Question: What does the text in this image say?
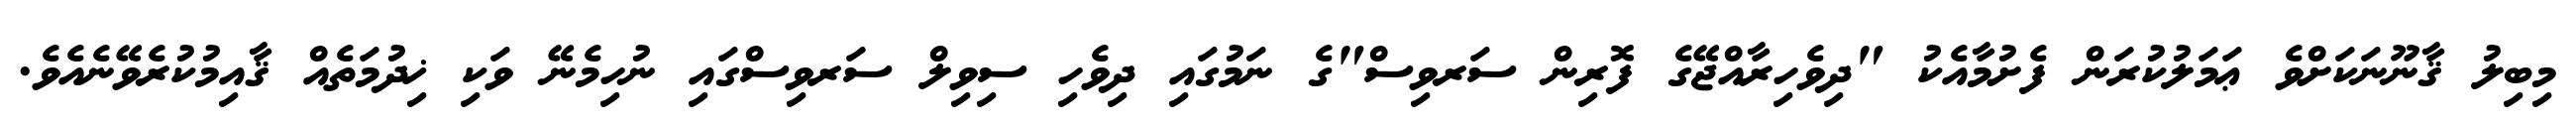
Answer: މިބިލު ޤާނޫނަކަށްވެ ޢަމަލުކުރަން ފެށުމާއެކު "ދިވެހިރާއްޖޭގެ ފޮރިން ސަރވިސް"ގެ ނަމުގައި ދިވެހި ސިވިލް ސަރވިސްގައި ނުހިމެނޭ ވަކި ޚިދުމަތެއް ޤާއިމުކުރެވޭނެއެވެ.